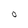
Character: O